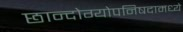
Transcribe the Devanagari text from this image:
छान्दोग्योपनिषदामध्ये